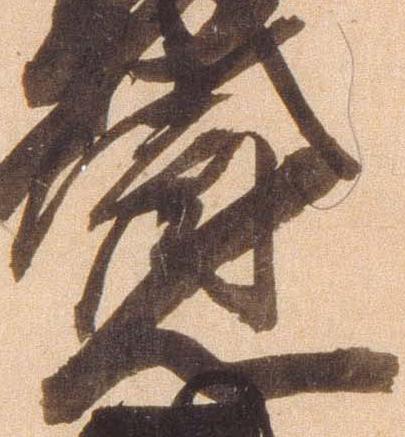
寛